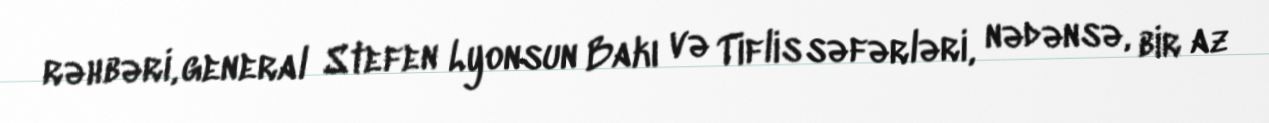
rəhbəri, general Stefen Lyonsun Bakı və Tiflis səfərləri, nədənsə, bir az